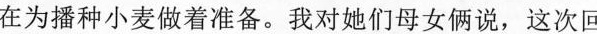
在为播种小麦做着准备。我对她们母女俩说，这次回